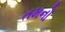
તમનો